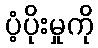
ပံ့ပိုးမှုကို